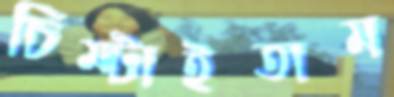
চিম্‌টাইতাম